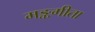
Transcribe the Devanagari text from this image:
मङ्कगीता